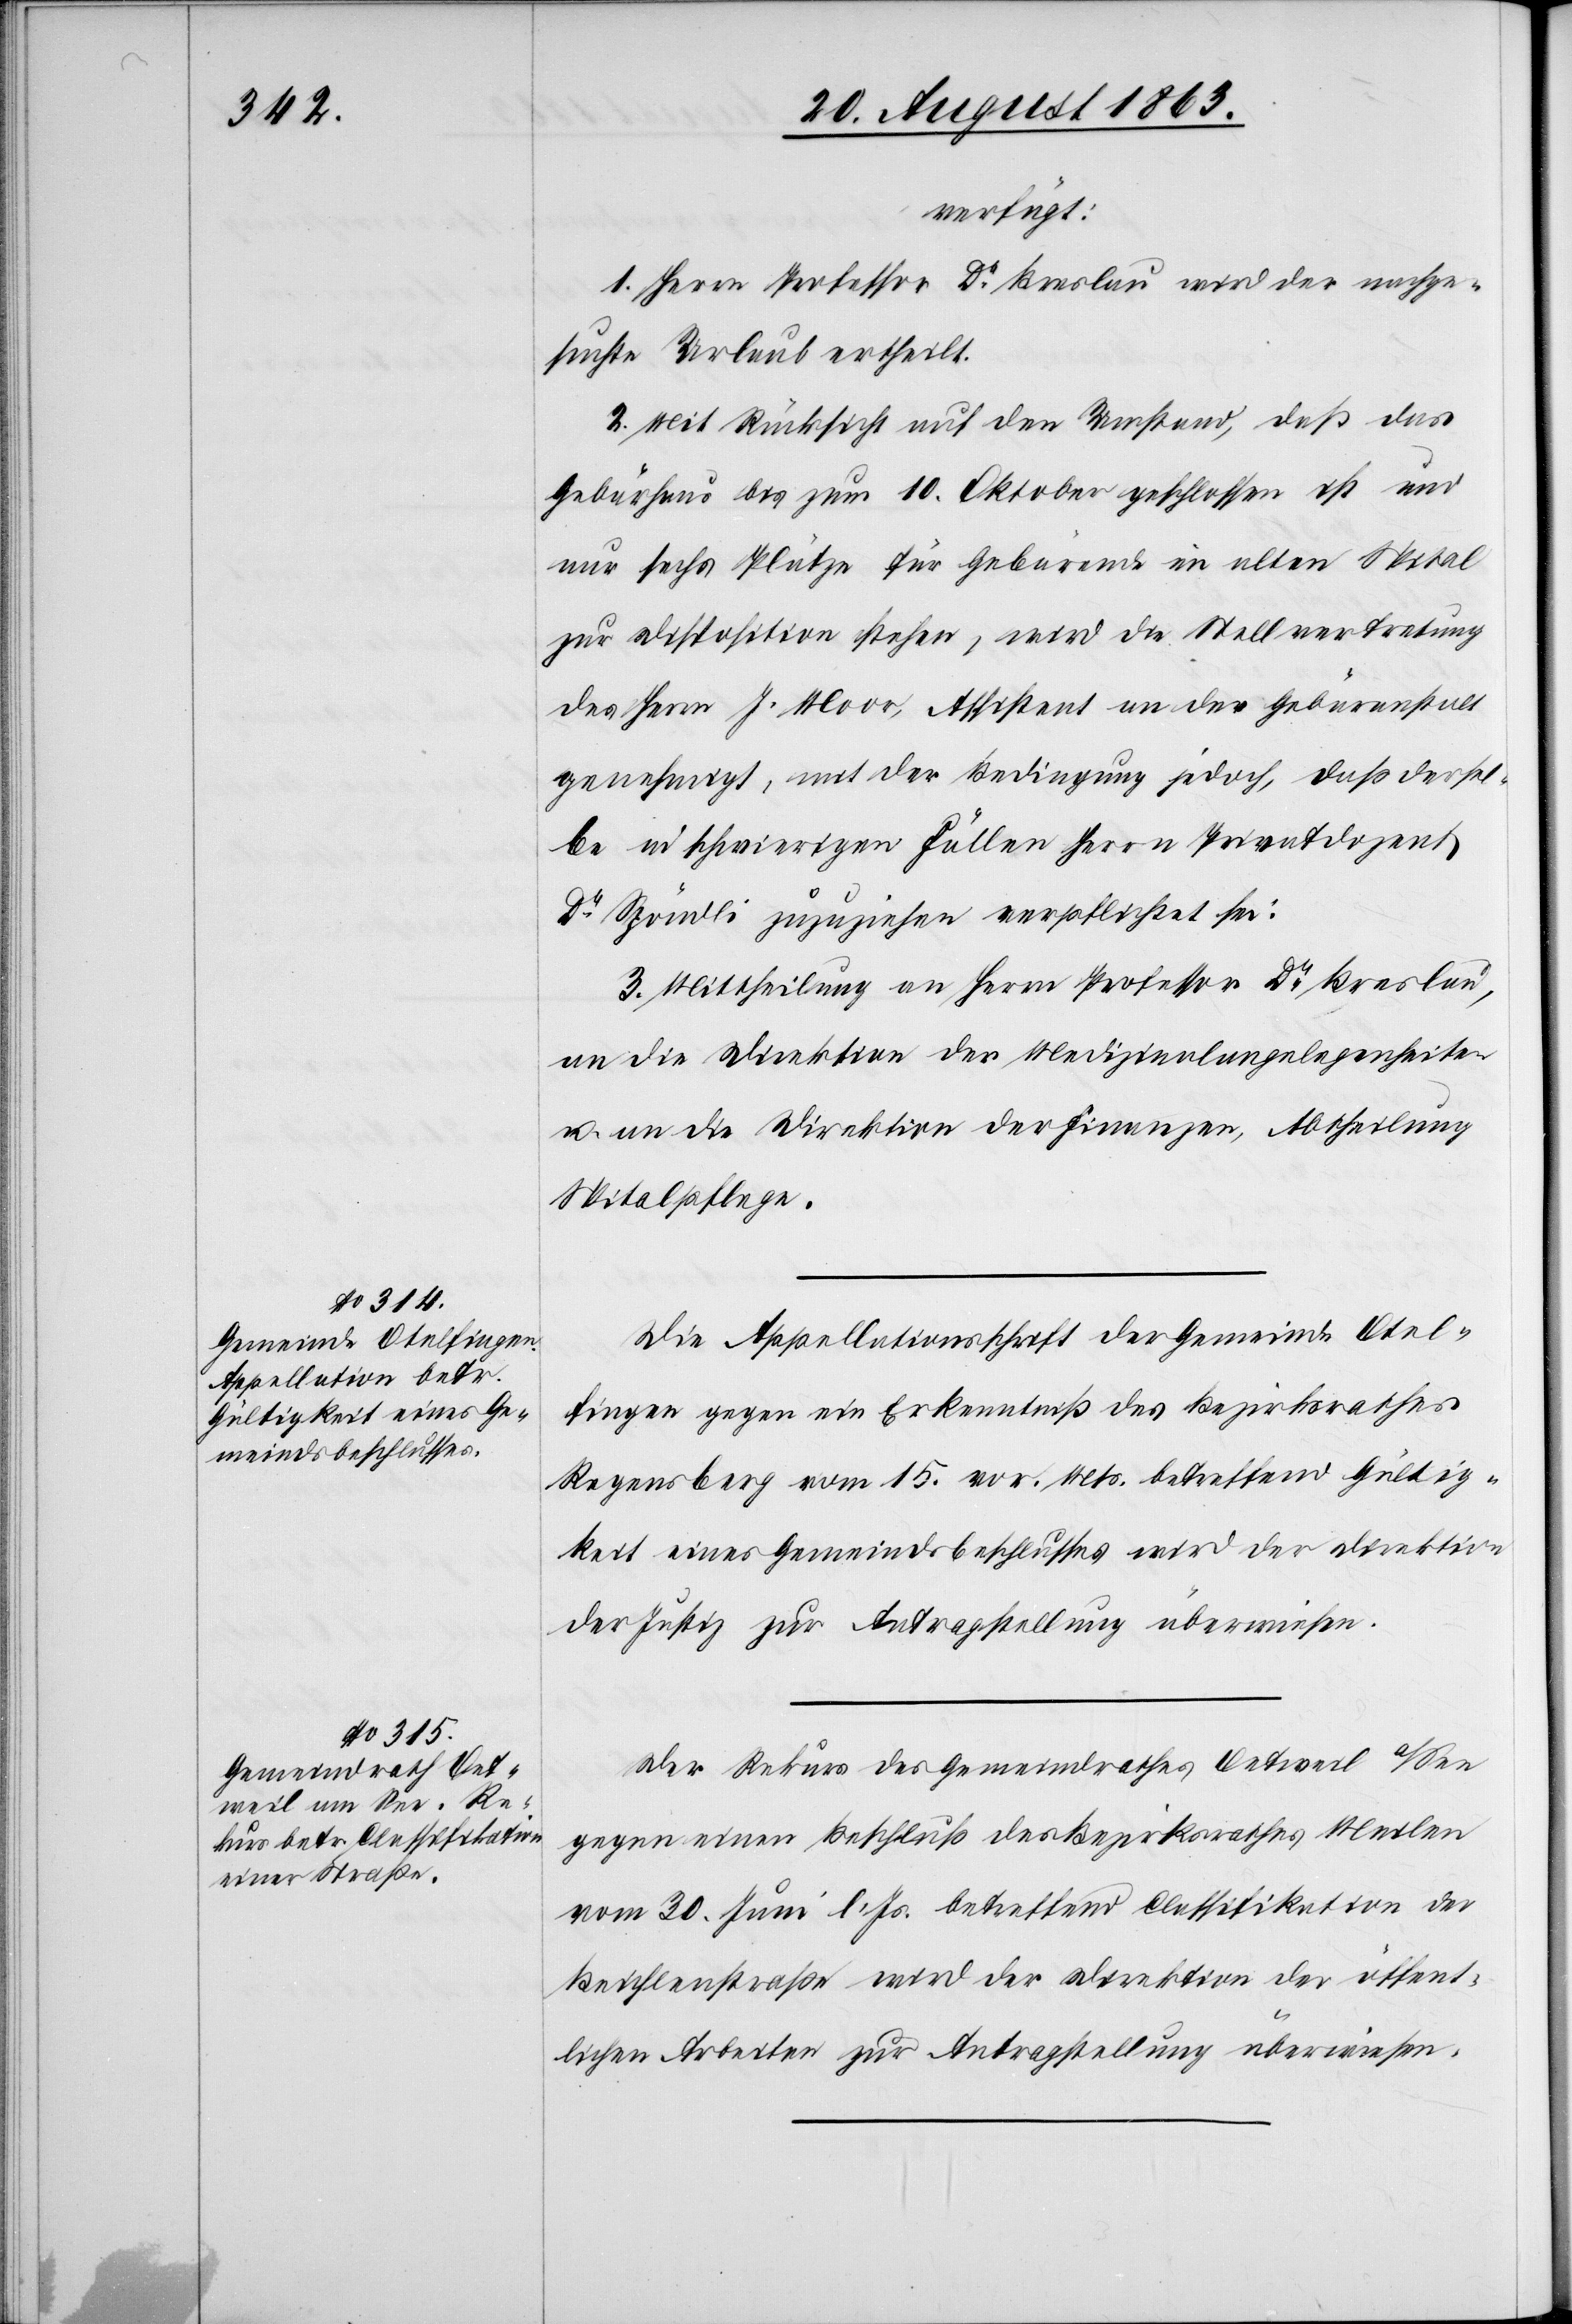
24. August 1863.]
verfügt:
1. Herrn Professor Dr Breslau wird der nachge¬
suchte Urlaub ertheilt.
2. Mit Rücksicht auf den Umstand, daß das
Gebärhaus bis zum 10. Oktober geschlossen ist und
nur sechs Plätze für Gebärende im alten Spital
zur Disposition stehen, wird die Stellvertretung
des Herrn J. Moor, Assistent an der Gebäranstalt
genehmigt, mit der Bedingung jedoch, daß dersel¬
be in schwierigen Fällen Herrn Privatdozent
Dr Spöndli zuzuziehen verpflichtet sei.
3. Mittheilung an Herrn Professor Dr Breslau,
an die Direktion der Medizinalangelegenheiten
u. an die Direktion der Finanzen, Abtheilung
Spitalpflege.
Die Appellationsschrift der Gemeinde Otel¬
fingen gegen eine Erkenntniß des Bezirksrathes
Regensberg vom 15. vor. Mts. betreffend Gültig¬
keit eines Gemeindsbeschlusses wird der Direktion
der Justiz zur Antragstellung überwiesen.
Der Rekurs des Gemeindrathes Oetweil a/See
gegen einen Beschluß des Bezirksrathes Meilen
vom 30. Juni l. Js. betreffend Classifikation der
Beichlenstraße wird der Direktion der öffent¬
lichen Arbeiten zur Antragstellung überwiesen.